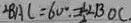
\angle B A C = 6 0 ^ { \circ } , = \frac { 1 } { 2 } \angle B O C .